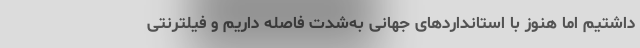
داشتیم اما هنوز با استانداردهای جهانی به‌شدت فاصله داریم و فیلترنتی